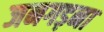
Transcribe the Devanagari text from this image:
जनगड़ना